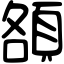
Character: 頟